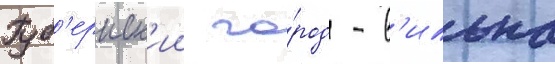
Губ'ернск'ии го́род - в'ильна